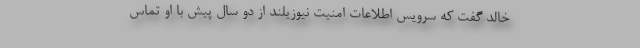
خالد گفت که سرویس اطلاعات امنیت نیوزیلند از دو سال پیش با او تماس